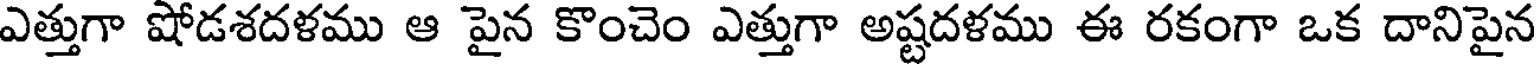
ఎత్తుగా షోడశదళము ఆ పైన కొంచెం ఎత్తుగా అష్టదళము ఈ రకంగా ఒక దానిపైన